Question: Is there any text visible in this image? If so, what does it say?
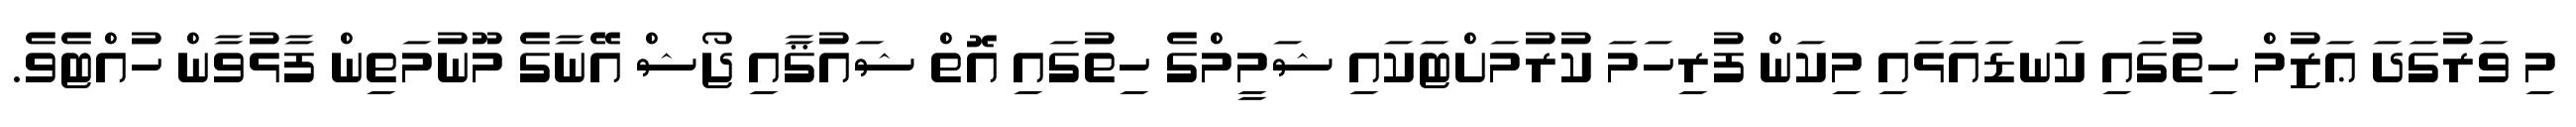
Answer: މި ވަރުގަދަ ޢަޒުމް ހިތުގައި ކަނޑައަޅައި މިކަން ފުރިހަމަ ކުރުމަށްޓަކައި ޝަމީމްގެ ހިތުގައި އޮތް ޝައުޤާއި ޖޯޝް އޭނާގެ މޫނުމަތިން ފާޅުވާން ހުއްޓެވެ.